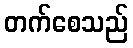
တက်စေသည်